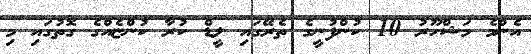
އެންމެ މަޝްހޫރު 10 ކުންފުނީގެ ތެރޭގައި ލީޑް ކުރާ ކުންޏެއްގެ ގޮތުގައި މި